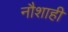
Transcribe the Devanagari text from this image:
नौशाही